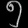
Digit: ၅